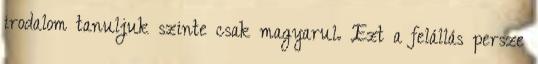
irodalom tanuljuk szinte csak magyarul. Ezt a felállás persze